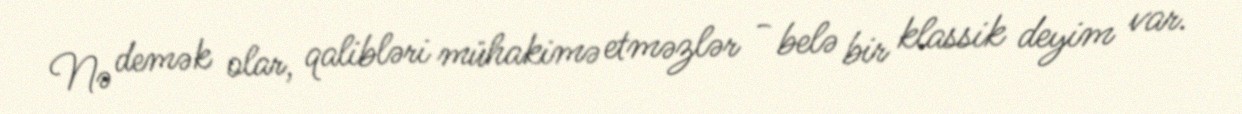
Nə demək olar, qalibləri mühakimə etməzlər - belə bir klassik deyim var.